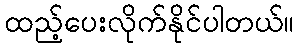
ထည့်ပေးလိုက်နိုင်ပါတယ်။